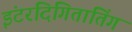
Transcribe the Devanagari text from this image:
इंटरदिगितातिंग